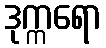
ဒုက္ကရော